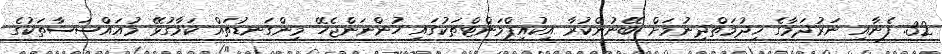
32. ފެނާއި ނަރުދަމާގެ ޚިދުމަތްދިނުމަށް ބޭނުންކުރާ އިކުއިޕްމަންޓްތަކުގައި ހުންނަންޖެހޭ މިންގަނޑުތައް ކަމާގުޅޭ މުއައްސަސާތަކުގެ